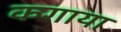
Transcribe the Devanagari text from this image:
कगाया